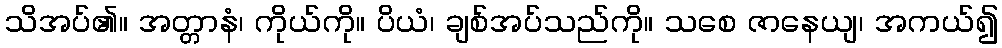
သိအပ်၏။ အတ္တာနံ၊ ကိုယ်ကို။ ပိယံ၊ ချစ်အပ်သည်ကို။ သစေ ဇာနေယျ၊ အကယ်၍